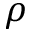
\rho